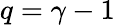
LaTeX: q=\gamma-1